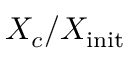
X _ { c } / X _ { \mathrm { i n i t } }